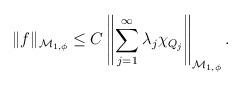
LaTeX: \begin{align*}\|f\|_{{\mathcal M}_{1,\phi}}\le C\left\|\sum_{j=1}^\infty\lambda_j\chi_{Q_j}\right\|_{{\mathcal M}_{1,\phi}}.\end{align*}